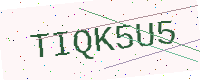
Text: TIQK5U5